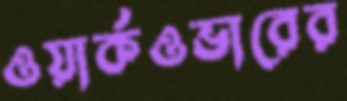
ওয়ার্কওভারের